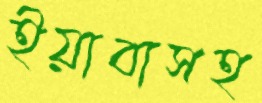
ইয়াবাসহ